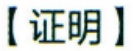
【证明】